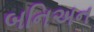
બનિઅન